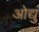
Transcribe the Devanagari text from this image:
ओद्यु